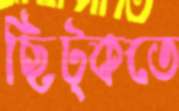
ছিট্‌কতে